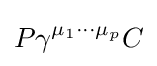
P\gamma ^{\mu _{1}\cdots \mu _{p}}C